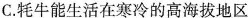
C.牦牛能生活在寒冷的高海拔地区